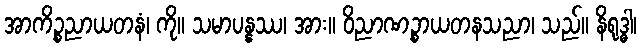
အာကိဉ္စညာယတနံ၊ ကို။ သမာပန္နဿ၊ အား။ ဝိညာဏဉ္စာယတနသညာ၊ သည်။ နိရုဒ္ဓါ၊